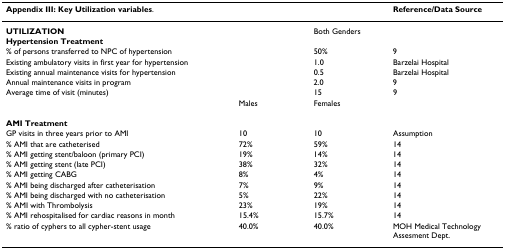
<table><thead><tr><td><b>Appendix III: Key Utilization variables.</b></td><td></td><td></td><td><b>Reference/Data Source</b></td></tr></thead><tbody><tr><td><b>UTILIZATION</b></td><td></td><td colspan="2">Both Genders</td></tr><tr><td><b>Hypertension Treatment</b></td><td></td><td></td><td></td></tr><tr><td>% of persons transferred to NPC of hypertension</td><td></td><td>50%</td><td>9</td></tr><tr><td>Existing ambulatory visits in first year for hypertension</td><td></td><td>1.0</td><td>Barzelai Hospital</td></tr><tr><td>Existing annual maintenance visits for hypertension</td><td></td><td>0.5</td><td>Barzelai Hospital</td></tr><tr><td>Annual maintenance visits in program</td><td></td><td>2.0</td><td>9</td></tr><tr><td>Average time of visit (minutes)</td><td></td><td>15</td><td>9</td></tr><tr><td></td><td>Males</td><td>Females</td><td></td></tr><tr><td><b>AMI Treatment</b></td><td></td><td></td><td></td></tr><tr><td>GP visits in three years prior to AMI</td><td>10</td><td>10</td><td>Assumption</td></tr><tr><td>% AMI that are catheterised</td><td>72%</td><td>59%</td><td>14</td></tr><tr><td>% AMI getting stent/baloon (primary PCI)</td><td>19%</td><td>14%</td><td>14</td></tr><tr><td>% AMI getting stent (late PCI)</td><td>38%</td><td>32%</td><td>14</td></tr><tr><td>% AMI getting CABG</td><td>8%</td><td>4%</td><td>14</td></tr><tr><td>% AMI being discharged after catheterisation</td><td>7%</td><td>9%</td><td>14</td></tr><tr><td>% AMI being discharged with no catheterisation</td><td>5%</td><td>22%</td><td>14</td></tr><tr><td>% AMI with Thrombolysis</td><td>23%</td><td>19%</td><td>14</td></tr><tr><td>% AMI rehospitalised for cardiac reasons in month</td><td>15.4%</td><td>15.7%</td><td>14</td></tr><tr><td>% ratio of cyphers to all cypher-stent usage</td><td>40.0%</td><td>40.0%</td><td>MOH Medical Technology Assesment Dept.</td></tr></tbody></table>